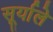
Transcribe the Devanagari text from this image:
सूर्याले